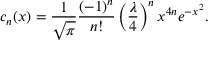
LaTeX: c _ { n } ( x ) = { \frac { 1 } { \sqrt { \pi } } } { \frac { \left( - 1 \right) ^ { n } } { n ! } } \left( { \frac { \lambda } { 4 } } \right) ^ { n } x ^ { 4 n } e ^ { - x ^ { 2 } } .